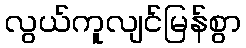
လွယ်ကူလျင်မြန်စွာ